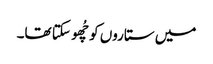
میں ستاروں کو چُھو سکتا تھا۔